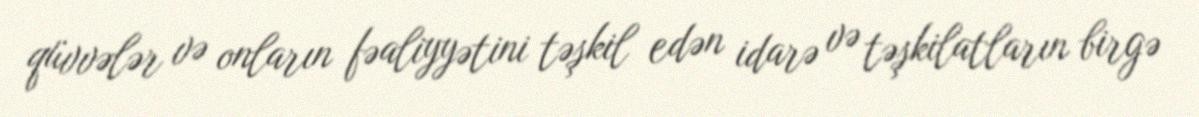
qüvvələr və onların fəaliyyətini təşkil edən idarə və təşkilatların birgə